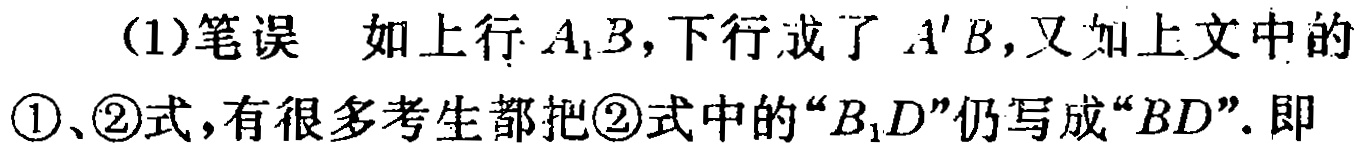
(1)笔误 如上行 \(A_{1}B\)，下行成了 \(A'B\)，又如上文中的\textcircled{1}、\textcircled{2}式，有很多考生都把\textcircled{2}式中的“\(B_{1}D\)”仍写成“\(BD\)”。即